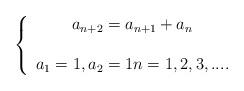
LaTeX: \begin{align*}\left\{ \begin{array}{c}a_{n+2}=a_{n+1}+a_{n} \\ \\ a_{1}=1,a_{2}=1n=1,2,3,....\end{array}\right. \end{align*}